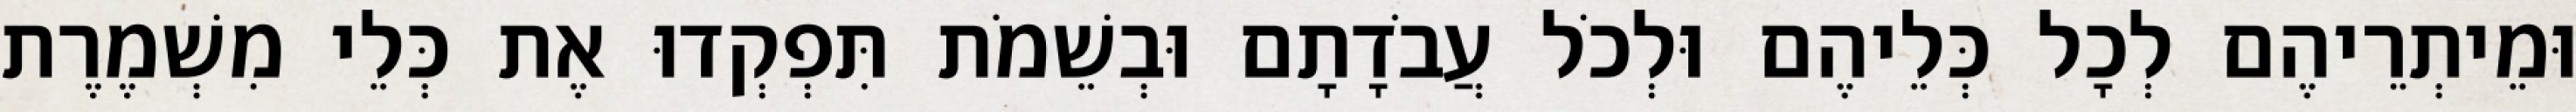
וּמֵיתְרֵיהֶם לְכָל כְּלֵיהֶם וּלְכֹל עֲבֹדָתָם וּבְשֵׁמֹת תִּפְקְדוּ אֶת כְּלֵי מִשְׁמֶרֶת